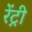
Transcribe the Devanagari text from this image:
रेंट्री